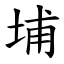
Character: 埔